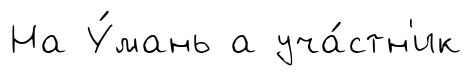
На У́мань а уча́стн'ик